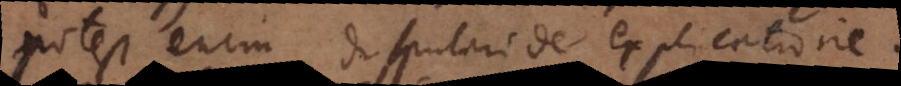
potest enim disputari de explicatione.